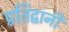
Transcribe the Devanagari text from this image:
प्रतिद्वानी